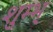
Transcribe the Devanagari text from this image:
शुम्भ्